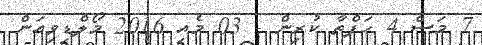
7 މަސް 4 ހަފްތާ ކުރިން - 03 މެއި 2016 މޯލްޑިވިއަން